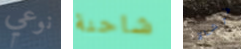
نوعي شاحنة فرشاة